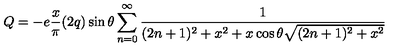
Q = - e \frac { x } { \pi } ( 2 q ) \sin \theta \sum _ { n = 0 } ^ { \infty } { \frac { 1 } { ( 2 n + 1 ) ^ { 2 } + x ^ { 2 } + x \cos \theta \sqrt { ( 2 n + 1 ) ^ { 2 } + x ^ { 2 } } } }